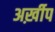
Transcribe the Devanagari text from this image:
अर्ख़ीप